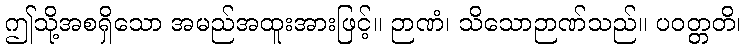
ဤသို့အစရှိသော အမည်အထူးအားဖြင့်။ ဉာဏံ၊ သိသောဉာဏ်သည်။ ပဝတ္တတိ၊